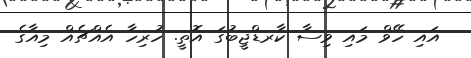
އައި ހޭވް މައި ވިސާ ކާރޑްޖީބުގަ އޮތީ. ހުރިހާ އެއްޗެއް މިއާގެ